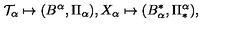
{ \cal T } _ { \alpha } \mapsto ( B ^ { \alpha } , \Pi _ { \alpha } ) , X _ { \alpha } \mapsto ( B _ { \alpha } ^ { \ast } , \Pi _ { \ast } ^ { \alpha } ) ,